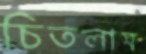
চিতলাম